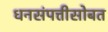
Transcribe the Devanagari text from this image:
धनसंपत्तीसोबत